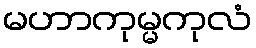
မဟာကုမ္မကုလံ